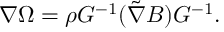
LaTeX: \nabla \Omega = \rho G ^ { - 1 } ( \tilde { \nabla } B ) G ^ { - 1 } .